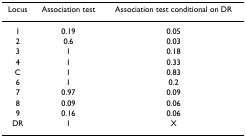
<table><thead><tr><td><b>Locus</b></td><td><b>Association test</b></td><td><b>Association test conditional on DR</b></td></tr></thead><tbody><tr><td>1</td><td>0.19</td><td>0.05</td></tr><tr><td>2</td><td>0.6</td><td>0.03</td></tr><tr><td>3</td><td>1</td><td>0.18</td></tr><tr><td>4</td><td>1</td><td>0.33</td></tr><tr><td>C</td><td>1</td><td>0.83</td></tr><tr><td>6</td><td>1</td><td>0.2</td></tr><tr><td>7</td><td>0.97</td><td>0.09</td></tr><tr><td>8</td><td>0.09</td><td>0.06</td></tr><tr><td>9</td><td>0.16</td><td>0.06</td></tr><tr><td>DR</td><td>1</td><td>X</td></tr></tbody></table>